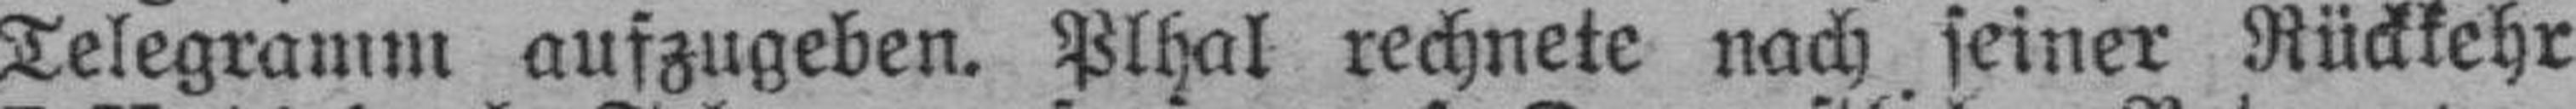
Telegramm aufzugeben. Plhal rechnete nach seiner Rückkehr